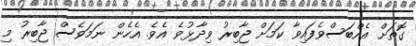
ގޮތަށް އެއްބަސްވެފައިވާ ކަމަށް ޖާބިރު ވިދާޅުވެ އެވެ. އެހެން ނަމަވެސް ޖާބިރު މި